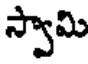
స్వామి